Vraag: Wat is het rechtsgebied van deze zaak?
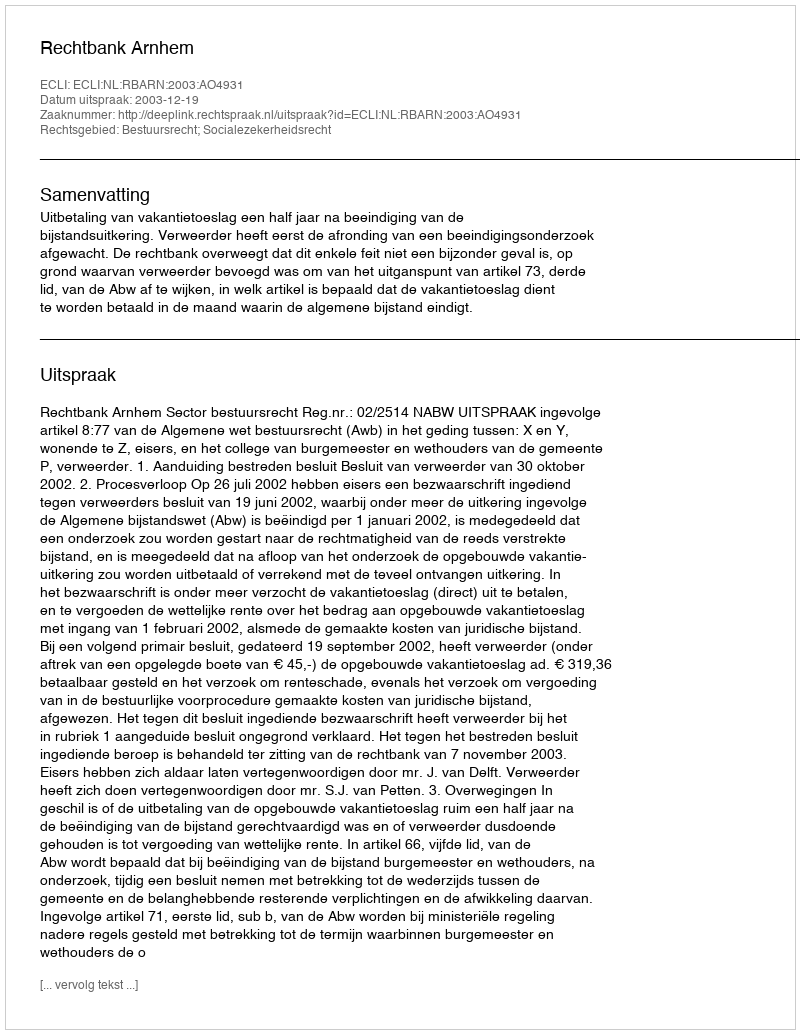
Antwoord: Bestuursrecht; Socialezekerheidsrecht